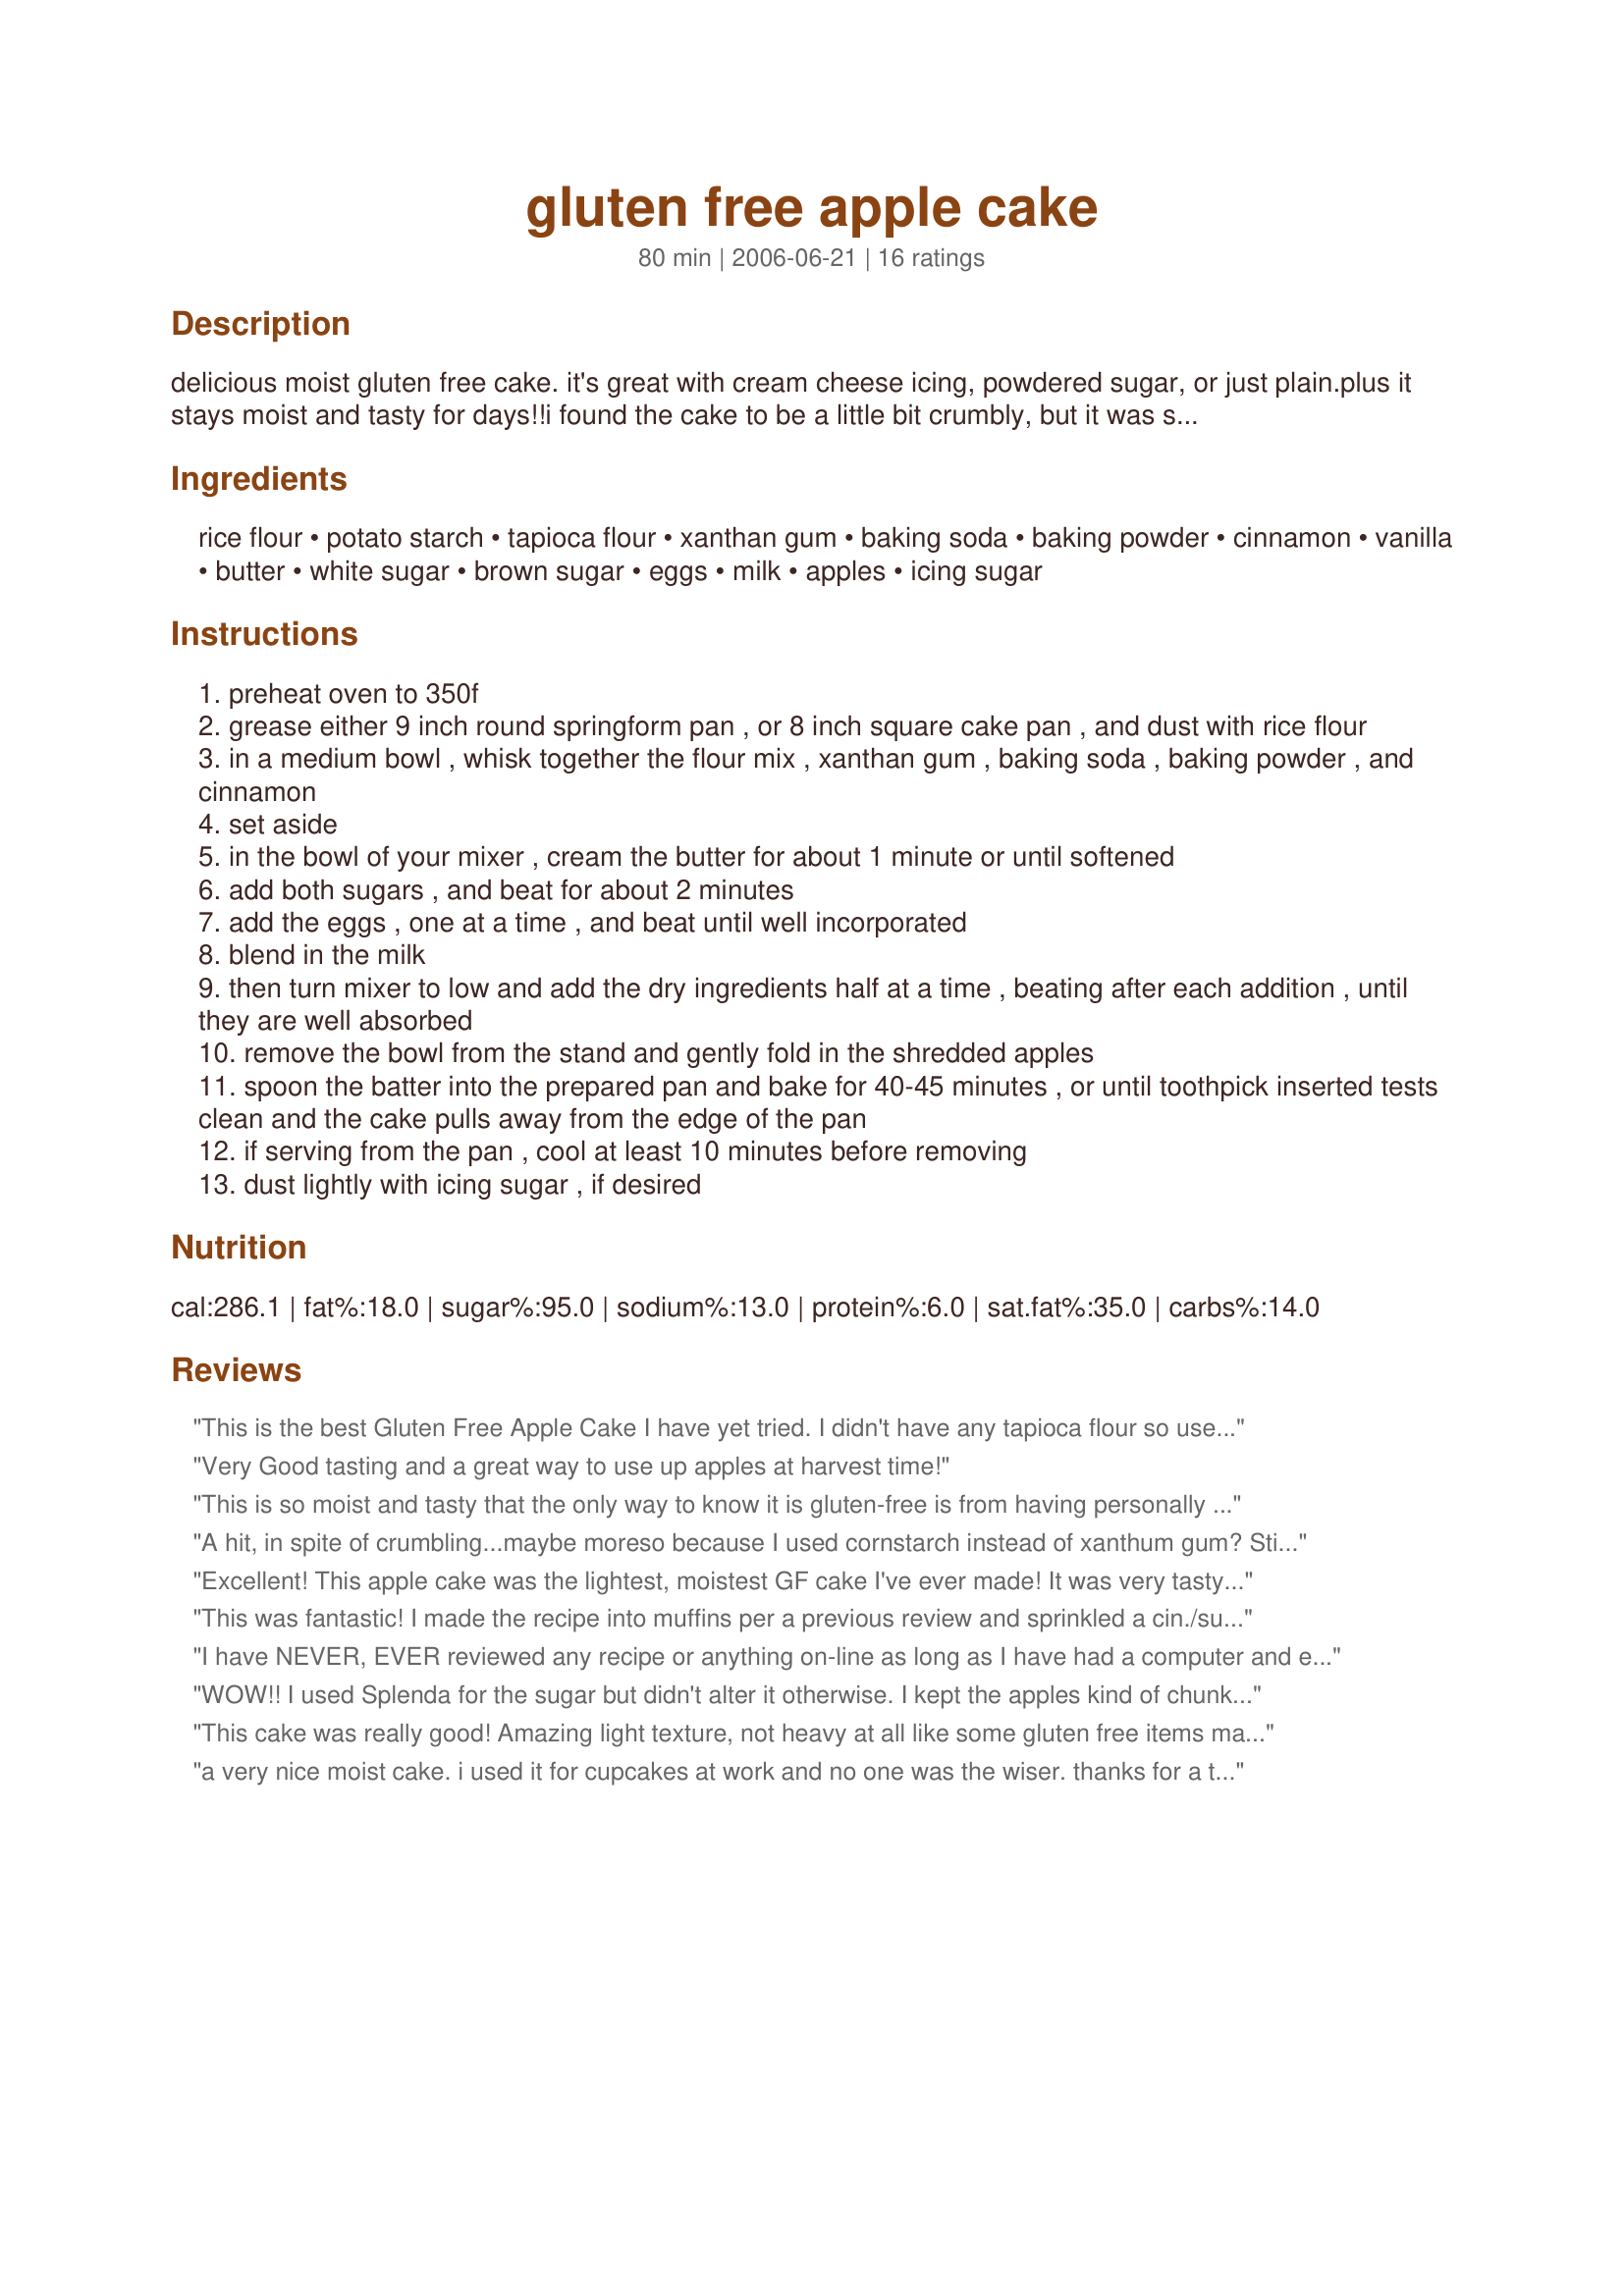
gluten free apple cake
Preparation time: 80 minutes

delicious moist gluten free cake. it's great with cream cheese icing, powdered sugar, or just plain.plus it stays moist and tasty for days!!i found the cake to be a little bit crumbly, but it was so delicious it didn't matter.i got this recipe from one of bette hagman's recipe books.

Ingredients:
rice flour, potato starch, tapioca flour, xanthan gum, baking soda, baking powder, cinnamon, vanilla, butter, white sugar, brown sugar, eggs, milk, apples, icing sugar

Steps:
preheat oven to 350f
grease either 9 inch round springform pan , or 8 inch square cake pan , and dust with rice flour
in a medium bowl , whisk together the flour mix , xanthan gum , baking soda , baking powder , and cinnamon
set aside
in the bowl of your mixer , cream the butter for about 1 minute or until softened
add both sugars , and beat for about 2 minutes
add the eggs , one at a time , and beat until well incorporated
blend in the milk
then turn mixer to low and add the dry ingredients half at a time , beating after each addition , until they are well absorbed
remove the bowl from the stand and gently fold in the shredded apples
spoon the batter into the prepared pan and bake for 40-45 minutes , or until toothpick inserted tests clean and the cake pulls away from the edge of the pan
if serving from the pan , cool at least 10 minutes before removing
dust lightly with icing sugar , if desired

Reviews:
This is the best Gluten Free Apple Cake I have yet tried. I didn't have any tapioca flour so used chick pea flour instead and it turned out light and delicious. I had rice flour and potato starch.

You have to be careful that baking powder used is also Gluten free as they are not all without wheat gluten. It's worth mentioning that as you can easily get gluten creep into a recipe without knowing it.

The end result wasn't dry or heavy which is the fault that many of them have. It literally melted in the mouth and the simulation of gluten was perfect from using xantham gum. I rate this the best tasting Gluten Free Apple cake I've ever made. I have at least 6 recipes and tried them all over the years. I give this one 5 stars. It's superb.
Very Good tasting and a great way to use up apples at harvest time!
This is so moist and tasty that the only way to know it is gluten-free is from having personally baked it. I use organic Gala apples and make a 9x5x3 loaf so it's easier to take along to share with other GF folks at events. The loaf takes about 65 minutes to bake in a glass pan at 325 degrees. By letting it cool thoroughly before cutting, it wasn't very crumbly at all.
A hit, in spite of crumbling...maybe moreso because I used cornstarch instead of xanthum gum? Still tasted great!
Excellent! This apple cake was the lightest, moistest GF cake I've ever made! It was very tasty without changing anything in the recipe. I skipped the frosting and topped with thin apple slices. Yum!
This was fantastic! I made the recipe into muffins per a previous review and sprinkled a cin./sugar mixture over top, about 20 minutes into cooking (total cooking time 35min.). So good!
I have NEVER, EVER reviewed any recipe or anything on-line as long as I have had a computer and email which has been over 20 years. HOWEVER, I became a member of Food.com just to comment on this particular recipe. My granddaughter has Celiac and her brother is lactose intolerant (fun & games in the kitchen!). I have been baking for them since their diagnoses and have tried many, many recipes. Well, I wanted a GF apple cake recipe and found this highly rated one on GFgirl. I had to make some adjustments for the lactose intolerance so I substituted almond butter for the dairy butter and plain water for the milk and put a wee bit more apple in because they love apples. I lightly sprinkled powdered sugar on top before serving. Ten minutes later, no more cake and most of it eaten by the non-GF family members. I have been begged to make another one for tomorrow. Thanks, GFGirl - you rock! Hey, writing a review isn't so hard after all! You have not heard the last from me :-D
WOW!! I used Splenda for the sugar but didn't alter it otherwise. I kept the apples kind of chunky, too, more like minced instead of shredded. This was such a delicious cake I can't believe it. You are right, it would be nice with an icing of some sort, I'm thinking cinnimon drizzled on top! I'm definitely making this for the holidays. THANKS!!
This cake was really good! Amazing light texture, not heavy at all like some gluten free items may be. I followed the recipe exactly and served it with a cream cheese frosting, but a taste tester (non-GF baker friend) said the cake was fantastic on it's own as well! The only suggestion I would make would be to add vanilla extract to the batter and perhaps some nutmeg or cloves and allspice to create a more autumnal taste.
a very nice moist cake. i used it for cupcakes at work and no one was the wiser. thanks for a tasty treat.
I can't say enough good things about this cake! It turned out fabulous! I made it in a 9" springform pan and frosted it with 1/2 of Recipe #6536 . This recipe is one we'll definitely make again and again. Thanks for posting!
Delicious. I made this in a smaller deep pan and made some ingredient changes which somehow made it a puddingy type cake. It was extremely good warm and room temperature. I used only dark brown sugar and added 1/3 cup chopped pecans in the batter. I also put a strudel made of pecans/white rice flour/canola oil/and brown sugar in the middle and on top which created a nice crunch. Instead of potato starch (because I need to buy one which is sulfate free) I used 1/3 cup tapioca starch with 1/4 cup extra white rice flour. (I think tapioca is more glutinous thats why I reduced it) I didnt add any vanilla as I had none. So I flavoured it a different way, I substituted egg replacer for the eggs of which I used mango nectar for the liquid part. Also in replacement of the milk I used orange juice because we are dairy free. I replaced the butter with canola oil. I did have to cook it 15 extra minutes because of the pan I think. I used 1 1/2 macintosh apples chopped as apposed to shredded. We ate it warm in a bowl with a spoon the first day and room temperature the second and that was to die for! I will make this again possibly as per your recipe to see the differance.
I made this cake for my son's first birthday because of a sensitivity to wheat. It was my first gluten free cake. It tasted wonderful! And so moist! Used a chocolate powdered sugar icing drizzled on top.
The batter was finger licking good! I used 1/4 white rice flour, 1/4 cup brown rice flour and 1/4 cup sorghum flour (as sub for the rice flour to add nutrition). Turned out great, moist and yummy! Thanks!!
I've taken this to two dinner parties and everyone loved it.
This was sooo good! I used granny smith apples and did a crumb topping (GF oats, brown sugar, cinnamon and butter). It hit the spot and my wheat-loving bf ate half the cake.
